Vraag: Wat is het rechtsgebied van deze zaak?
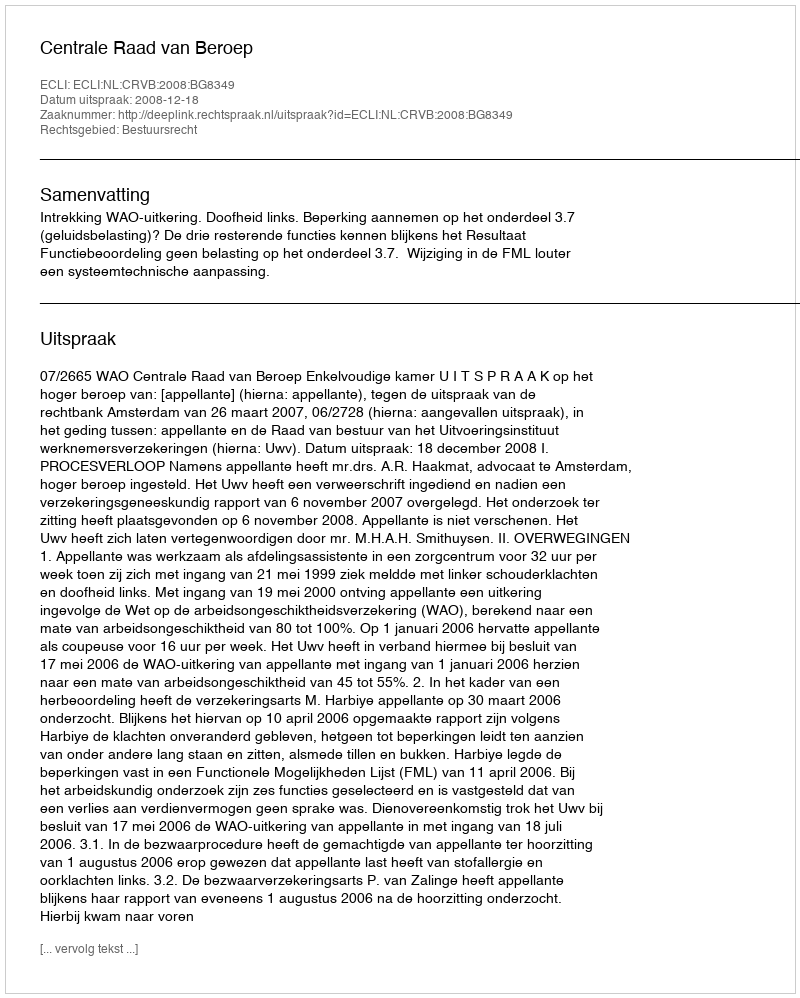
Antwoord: Bestuursrecht